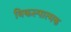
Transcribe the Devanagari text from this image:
विकल्पात्मक